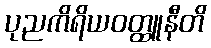
ပုညကိရိယဝတ္ထူနီတိ